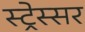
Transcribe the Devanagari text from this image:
स्ट्रेस्सर